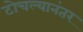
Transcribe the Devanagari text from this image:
टोचल्यानंतर